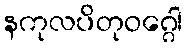
နကုလပိတုဝဂ္ဂေါ